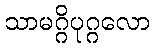
သာမဂ္ဂိပုဂ္ဂလော